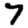
Digit: 7